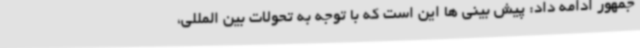
جمهور ادامه داد: پیش بینی ها این است که با توجه به تحولات بین المللی،